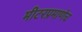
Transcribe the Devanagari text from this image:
मीटरप्रमाणेच